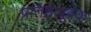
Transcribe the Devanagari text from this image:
प्रतिष्ठापूर्वक